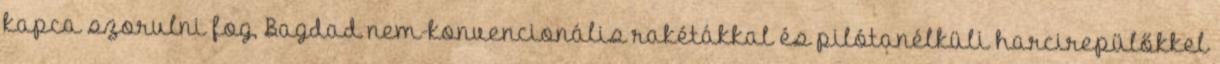
kapca szorulni fog, Bagdad nem-konvencionális rakétákkal és pilótanélküli harcirepülőkkel